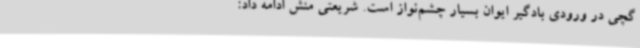
گچی در ورودی بادگیر ایوان بسیار چشم‌نواز است. شریعتی منش ادامه داد: